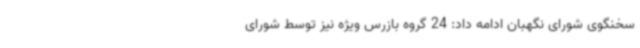
سخنگوی شورای نگهبان ادامه داد: 24 گروه بازرس ویژه نیز توسط شورای